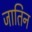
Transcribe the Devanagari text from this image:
जातिन